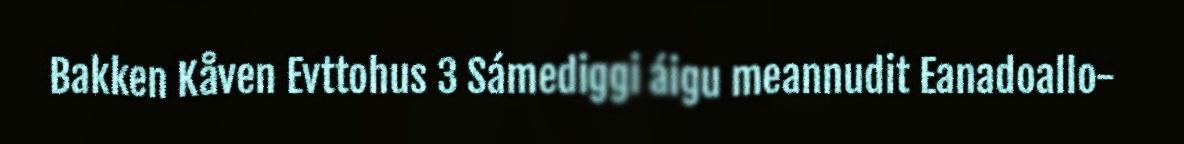
Bakken Kåven Evttohus 3 Sámediggi áigu meannudit Eanadoallo-